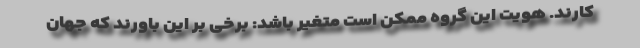
کارند. هویت این گروه ممکن است متغیر باشد: برخی بر این باورند که جهان